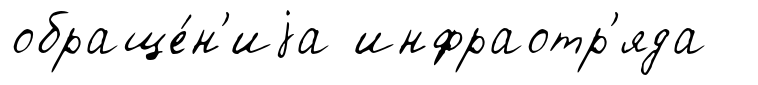
обраще́н'иjа инфраотр'яда